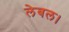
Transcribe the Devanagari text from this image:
लेबल।